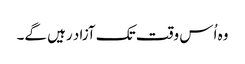
وہ اُس وقت تک آزاد رہیں گے۔